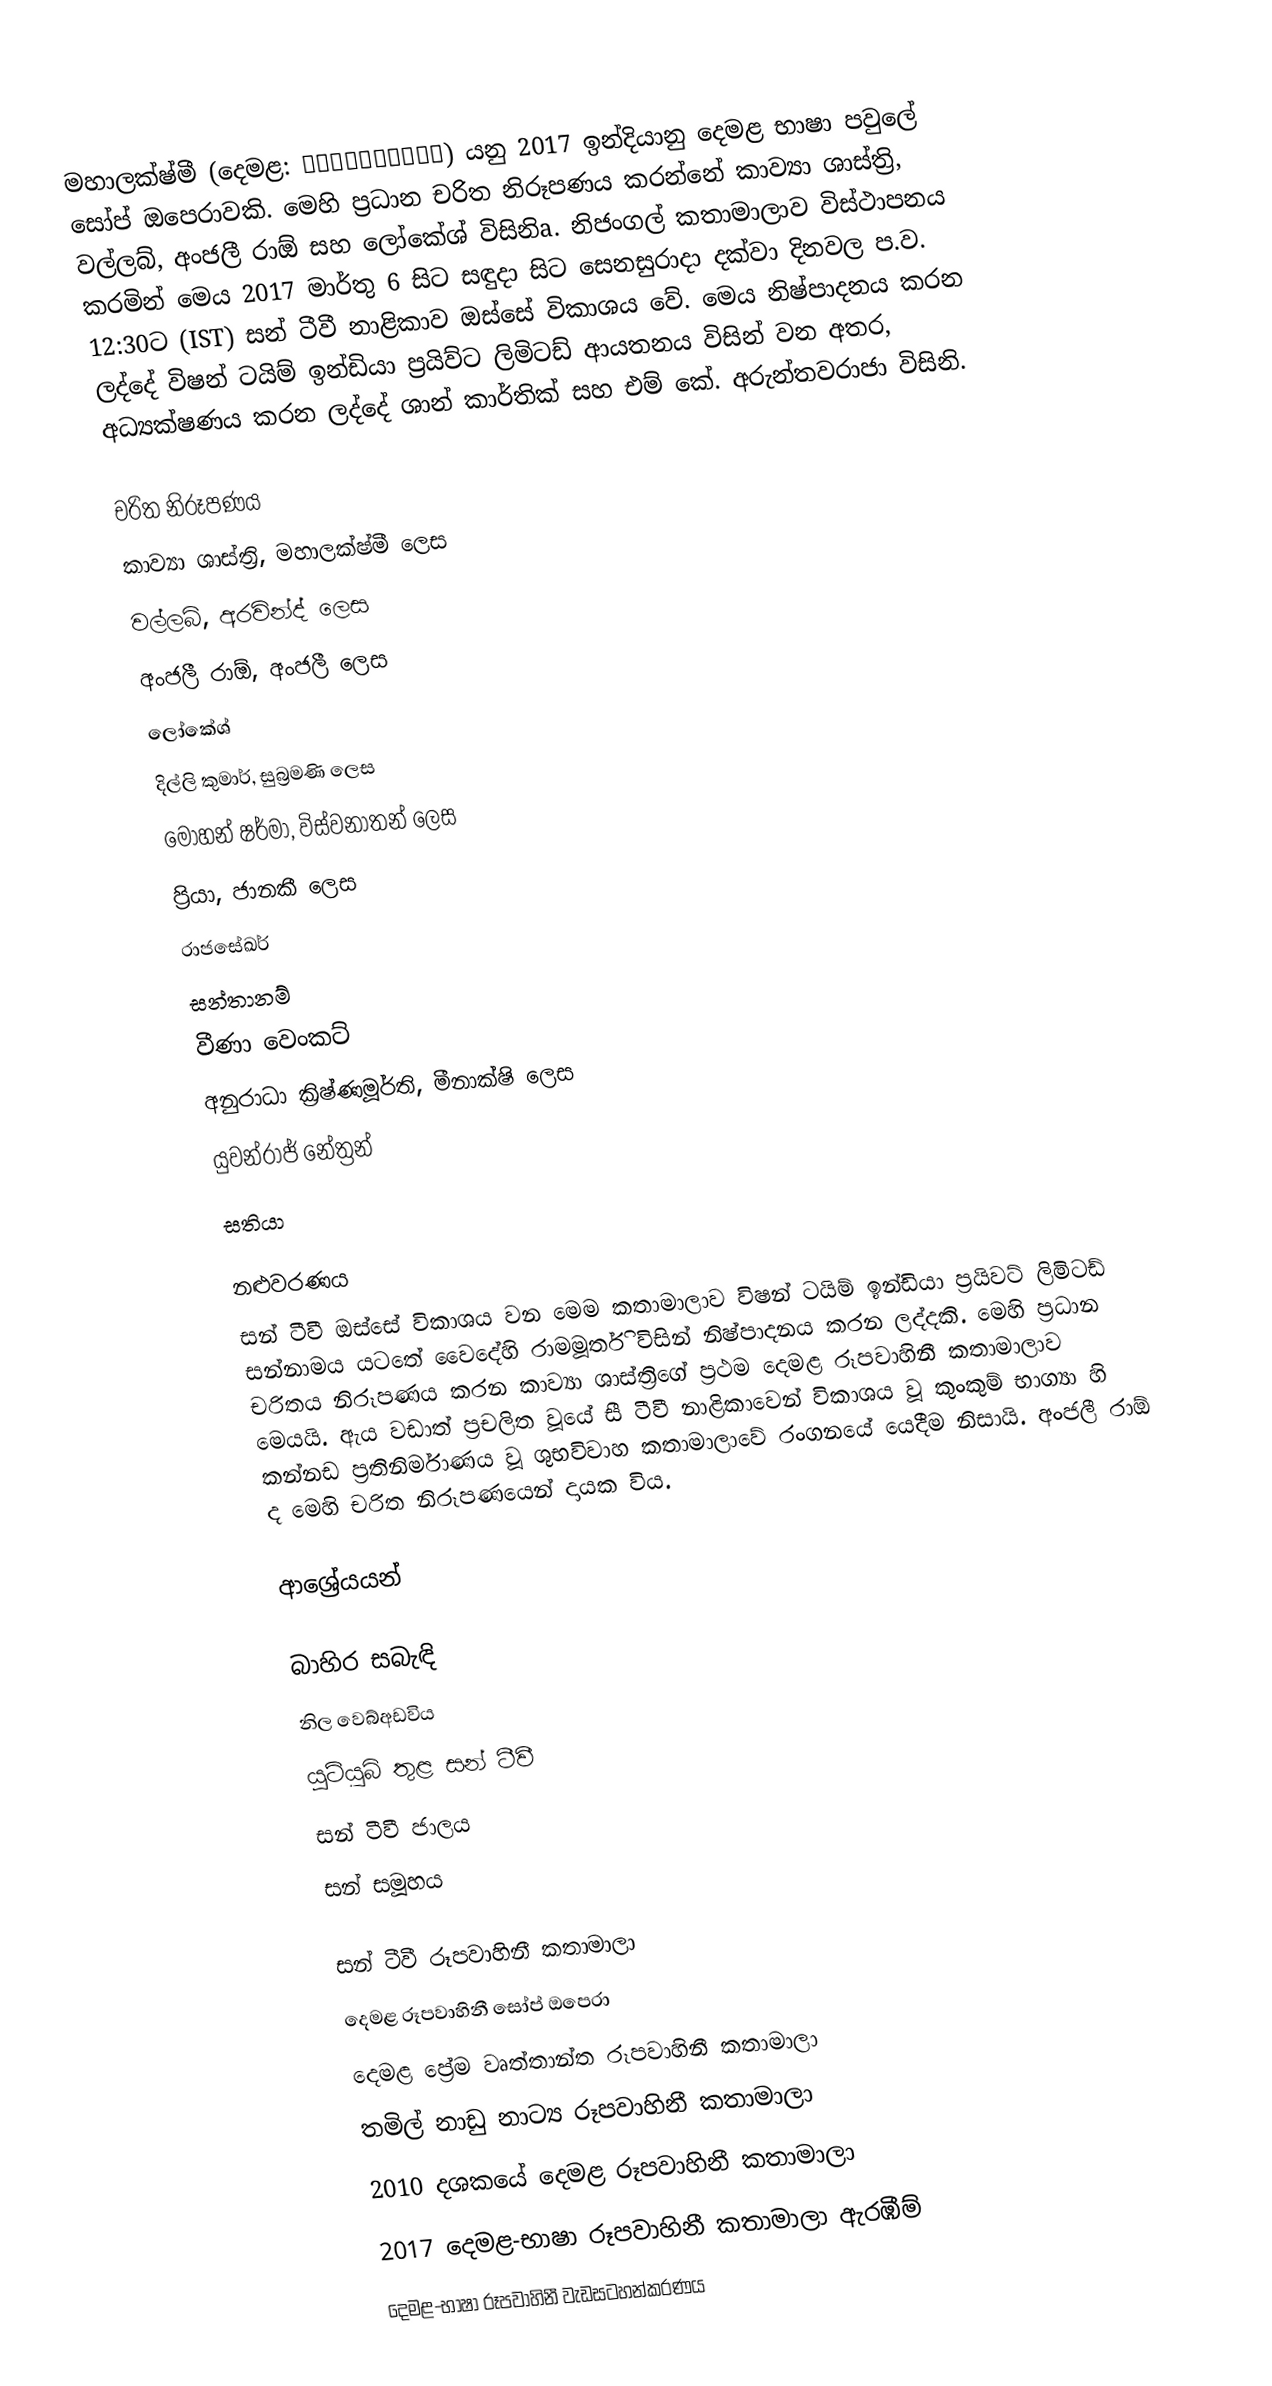
මහාලක්ෂ්මී (දෙමළ: மகாலட்சுமி) යනු 2017 ඉන්දියානු දෙමළ භාෂා පවුලේ සෝප් ඔපෙරාවකි. මෙහි ප්‍රධාන චරිත නිරූපණය කරන්නේ කාව්‍යා ශාස්ත්‍රි, වල්ලබ්, අංජලී රාඕ සහ ලෝකේශ් විසිනිa. නිජංගල් කතාමාලාව විස්ථාපනය කරමින් මෙය 2017 මාර්තු 6 සිට සඳුදා සිට සෙනසුරාදා දක්වා දිනවල ප.ව. 12:30ට (IST) සන් ටීවී නාළිකාව ඔස්සේ විකාශය වේ. මෙය නිෂ්පාදනය කරන ලද්දේ විෂන් ටයිම් ඉන්ඩියා ප්‍රයිව්ට ලිමිටඩ් ආයතනය විසින් වන අතර, අධ්‍යක්ෂණය කරන ලද්දේ ශාන් කාර්තික් සහ එම් කේ. අරුන්තවරාජා විසිනි.

චරිත නිරූපණය
 කාව්‍යා ශාස්ත්‍රි, මහාලක්ෂ්මී ලෙස
 වල්ලබ්, අරවින්ද් ලෙස
 අංජලී රාඕ, අංජලී ලෙස
 ලෝකේශ්
 දිල්ලි කුමාර්, සුබ්‍රමණි ලෙස
 මෝහන් ෂර්මා, විස්වනාතන් ලෙස
 ප්‍රියා, ජානකී ලෙස
 රාජසේඛර්
 සන්තානම්
 වීණා වෙංකට්
 අනුරාධා ක්‍රිෂ්ණමූර්ති, මීනාක්ෂි ලෙස
 යුවන්රාජ් නේත්‍රන්
 සතියා

නළුවරණය
සන් ටීවී ඔස්සේ විකාශය වන මෙම කතාමාලාව විෂන් ටයිම් ඉන්ඩියා ප්‍රයිවට් ලිමිටඩ් සන්නාමය යටතේ වෛදේහි රාමමූර්ති විසින් නිෂ්පාදනය කරන ලද්දකි. මෙහි ප්‍රධාන චරිතය නිරූපණය කරන කාව්‍යා ශාස්ත්‍රිගේ ප්‍රථම දෙමළ රූපවාහිනී කතාමාලාව මෙයයි. ඇය වඩාත් ප්‍රචලිත වූයේ සී ටීවී නාළිකාවෙන් විකාශය වූ කුංකුම් භාග්‍යා හි කන්නඩ ප්‍රතිනිර්මාණය වූ ශුභවිවාහ කතාමාලාවේ රංගනයේ යෙදීම නිසායි. අංජලී රාඕ ද මෙහි චරිත නිරූපණයෙන් දායක විය.

ආශ්‍රේයයන්

බාහිර සබැඳි
 නිල වෙබ්අඩවිය
 යූටියුබ් තුළ සන් ටීවී
 සන් ටීවී ජාලය
 සන් සමූහය

සන් ටීවී රූපවාහිනී කතාමාලා
දෙමළ රූපවාහිනී සෝප් ඔපෙරා
දෙමළ ප්‍රේම වෘත්තාන්ත රූපවාහිනී කතාමාලා
තමිල් නාඩු නාට්‍ය රූපවාහිනී කතාමාලා
2010 දශකයේ දෙමළ රූපවාහිනී කතාමාලා
2017 දෙමළ-භාෂා රූපවාහිනී කතාමාලා ඇරඹීම්
දෙමළ-භාෂා රූපවාහිනී වැඩසටහන්කරණය